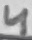
Text: 4